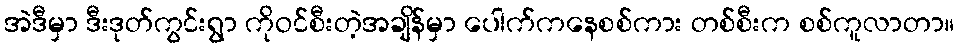
အဲဒီမှာ ဒီးဒုတ်ကွင်းရွာ ကိုဝင်စီးတဲ့အချိန်မှာ ပေါက်ကနေစစ်ကား တစ်စီးက စစ်ကူလာတာ။